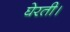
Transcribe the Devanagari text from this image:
घेरती।